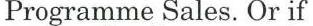
Programme Sales. Or if